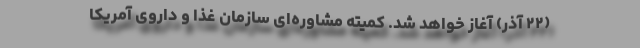
(۲۲ آذر) آغاز خواهد شد. کمیته مشاوره‌ای سازمان غذا و داروی آمریکا